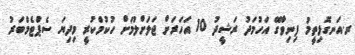
ރ.އަނގޮޅިތީމު ފިނިވާގޭ އަހުމަދު ރަޝީދު 10 އަހަރަށް ޖަލަށްލުމަށް ހުކުމްކުރީ މިދިޔަ ސެޕްޓެމްބަރު